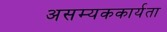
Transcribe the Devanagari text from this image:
असम्यककार्यता